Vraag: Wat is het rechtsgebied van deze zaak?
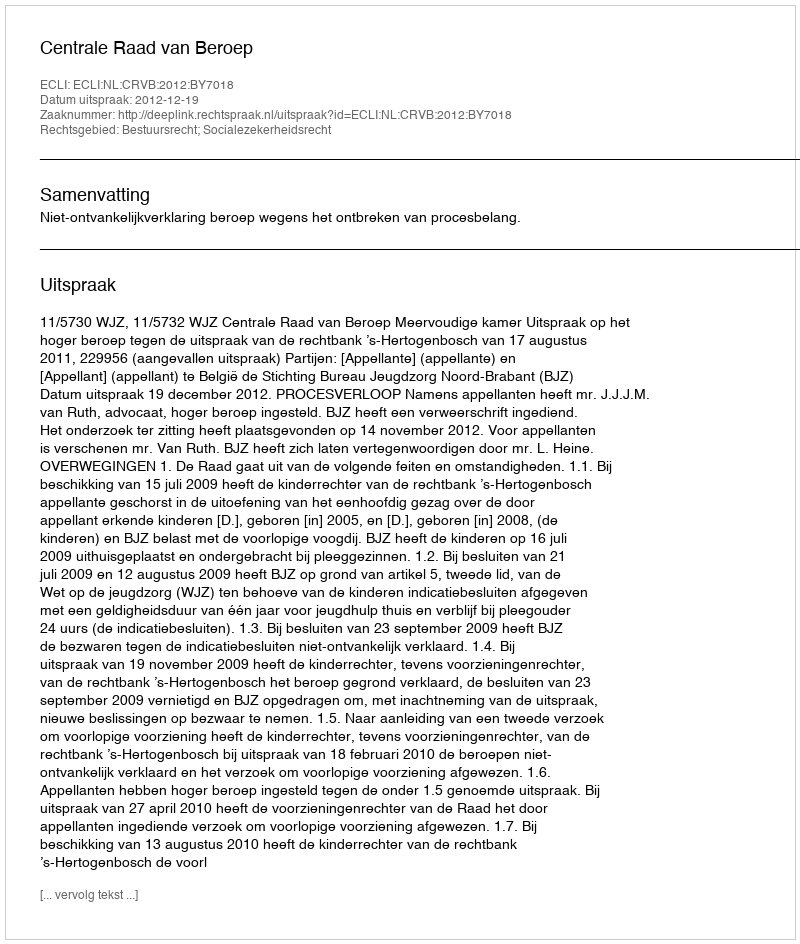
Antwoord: Bestuursrecht; Socialezekerheidsrecht